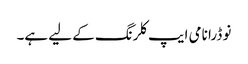
نو ڈرا نامی ایپ کلرنگ کے لیے ہے۔